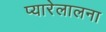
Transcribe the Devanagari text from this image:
प्यारेलालना